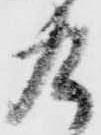
九